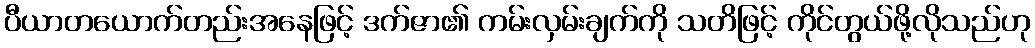
ပီယာတယောက်တည်းအနေဖြင့် ဒက်ဇာ၏ ကမ်းလှမ်းချက်ကို သတိဖြင့် ကိုင်တွယ်ဖို့လိုသည်ဟု